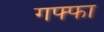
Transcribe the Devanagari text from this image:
गफ्फा